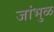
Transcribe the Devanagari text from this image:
जांभुळ